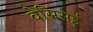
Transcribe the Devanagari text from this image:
वेसिसई